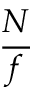
\frac { N } { f }